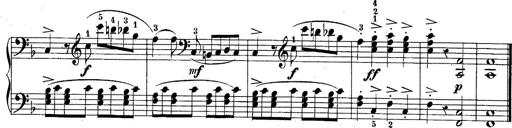
Title: 10 Sonatines progressives
Composer: Anton Schmoll